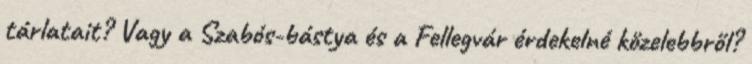
tárlatait? Vagy a Szabós-bástya és a Fellegvár érdekelné közelebbről?